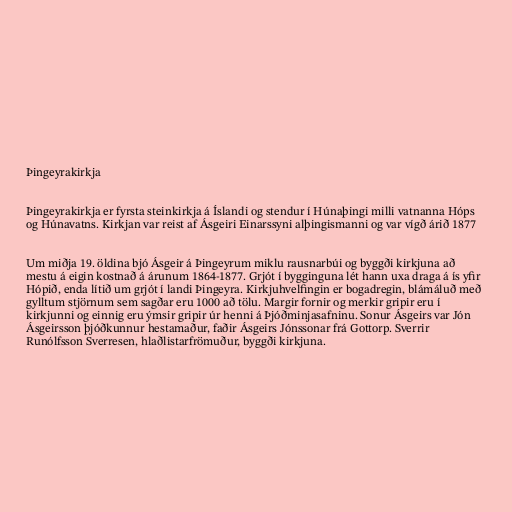
Þingeyrakirkja

Þingeyrakirkja er fyrsta steinkirkja á Íslandi og stendur í Húnaþingi milli vatnanna Hóps
og Húnavatns. Kirkjan var reist af Ásgeiri Einarssyni alþingismanni og var vígð árið 1877

Um miðja 19. öldina bjó Ásgeir á Þingeyrum miklu rausnarbúi og byggði kirkjuna að
mestu á eigin kostnað á árunum 1864-1877. Grjót í bygginguna lét hann uxa draga á ís yfir
Hópið, enda lítið um grjót í landi Þingeyra. Kirkjuhvelfingin er bogadregin, blámáluð með
gylltum stjörnum sem sagðar eru 1000 að tölu. Margir fornir og merkir gripir eru í
kirkjunni og einnig eru ýmsir gripir úr henni á Þjóðminjasafninu. Sonur Ásgeirs var Jón
Ásgeirsson þjóðkunnur hestamaður, faðir Ásgeirs Jónssonar frá Gottorp. Sverrir
Runólfsson Sverresen, hlaðlistarfrömuður, byggði kirkjuna.